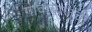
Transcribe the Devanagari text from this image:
गावाबाजूची